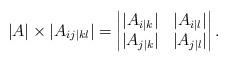
LaTeX: \begin{align*}|A|\times|A_{ij|kl}|=\begin{vmatrix}|A_{i|k}| & |A_{i|l}| \\|A_{j|k}| & |A_{j|l}|\end{vmatrix}. \end{align*}